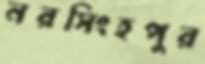
নরসিংহপুর